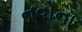
નવોના